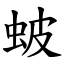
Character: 蚾